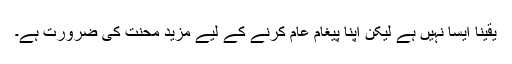
یقیناً ایسا نہیں ہے لیکن اپنا پیغام عام کرنے کے لیے مزید محنت کی ضرورت ہے۔